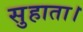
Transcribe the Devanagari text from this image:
सुहाता।